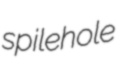
spilehole